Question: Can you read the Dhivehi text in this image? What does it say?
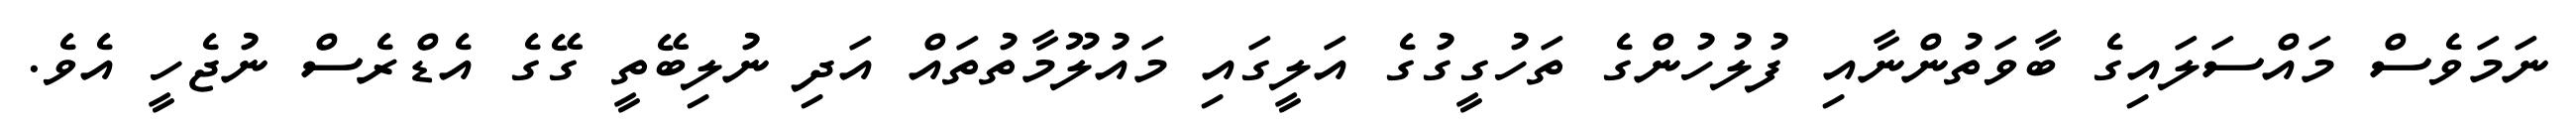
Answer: ނަމަވެސް މައްސަލައިގެ ބާވަތުންނާއި ފުލުހުންގެ ތަހުގީގުގެ އަލީގައި މައުލޫމާތުތައް އަދި ނުލިބޭތީ ގޭގެ އެޑްރެސް ނުޖެހީ އެވެ.